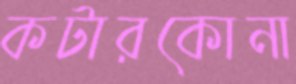
কটারকোনা